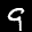
Label: 9